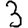
Digit: 3